Report of the Indian Hemp Drugs Commission, 1894-1895 - Volume IV
Year: 1894
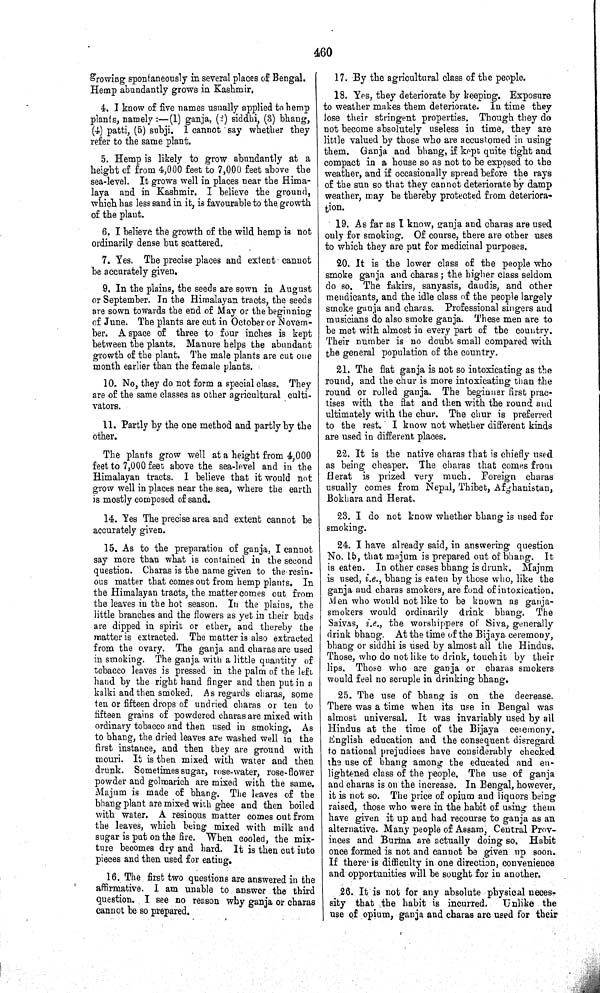
460
growing spontaneously in several places of Bengal.
Hemp abundantly grows in Kashmir.
4. I know of five names usually applied to hemp
plants, namely:—(1) ganja, (2) siddhi, (3) bhang,
(4) patti, (5) subji. I cannot say whether they
refer to the same plant.
5. Hemp is likely to grow abundantly at a
height of from 4,000 feet to 7,000 feet above the
sea-level. It grows well in places near the Hima-
laya and in Kashmir. I believe the ground,
which has less sand in it, is favourable to the growth
of the plant.
6. I believe the growth of the wild hemp is not
ordinarily dense but scattered.
7. Yes. The precise places and extent cannot
be accurately given.
9. In the plains, the seeds are sown in August
or September. In the Himalayan tracts, the seeds
are sown towards the end of May or the beginning
of June. The plants are cut in October or Novem-
ber. A space of three to four inches is kept
between the plants. Manure helps the abundant
growth of the plant. The male plants are cut one
month earlier than the female plants.
10. No, they do not form a special class. They
are of the same classes as other agricultural culti-
vators.
11. Partly by the one method and partly by the
other.
The plants grow well at a height from 4,000
feet to 7,000 feet above the sea-level and in the
Himalayan tracts. I believe that it would not
grow well in places near the sea, where the earth
is mostly composed of sand.
14. Yes The precise area and extent cannot be
accurately given.
15. As to the preparation of ganja, I cannot
say more than what is contained in the second
question. Charas is the name given to the resin-
ous matter that comes out from hemp plants. In
the Himalayan tracts, the matter comes out from
the leaves in the hot season. In the plains, the
little branches and the flowers as yet in their buds
are dipped in spirit or ether, and thereby the
matter is extracted. The matter is also extracted
from the ovary. The ganja and charas are used
in smoking. The ganja with a little quantity of
tobacco leaves is pressed in the palm of the left
hand by the right hand finger and then put in a
kalki and then smoked. As regards charas, some
ten or fifteen drops of undried charas or ten to
fifteen grains of powdered charas are mixed with
ordinary tobacco and then used in smoking. As
to bhang, the dried leaves are washed well in the
first instance, and then they are ground with
mouri. It is then mixed with water and then
drunk. Sometimes sugar, rose-water, rose-flower
powder and golmarich are mixed with the same.
Majum is made of bhang. The leaves of the
bhang plant are mixed with ghee and then boiled
with water. A resinous matter comes out from
the leaves, which being mixed with milk and
sugar is put on the fire. When cooled, the mix-
ture becomes dry and hard. It is then cut into
pieces and then used for eating.
16. The first two questions are answered in the
affirmative. I am unable to answer the third
question. I see no reason why ganja or charas
cannot be so prepared.
17. By the agricultural class of the people.
18. Yes, they deteriorate by keeping. Exposure
to weather makes them deteriorate. In time they
lose their stringent properties. Though they do
not become absolutely useless in time, they are
little valued by those who are accustomed in using
them. Ganja and bhang, if kept quite tight and
compact in a house so as not to be exposed to the
weather, and if occasionally spread before the rays
of the sun so that they cannot deteriorate by damp
weather, may be thereby protected from deteriora-
tion.
19. As far as I know, ganja and charas are used
only for smoking. Of course, there are other uses
to which they are put for medicinal purposes.
20. It is the lower class of the people who
smoke ganja and charas; the higher class seldom
do so. The fakirs, sanyasis, dandis, and other
mendicants, and the idle class of the people largely
smoke ganja and charas. Professional singers and
musicians do also smoke ganja. These men are to
be met with almost in every part of the country.
Their number is no doubt small compared with
the general population of the country.
21. The flat ganja is not so intoxicating as the
round, and the chur is more intoxicating than the
round or rolled ganja. The beginner first prac-
tises with the flat and then with the round and
ultimately with the chur. The chur is preferred
to the rest. I know not whether different kinds
are used in different places.
22. It is the native charas that is chiefly used
as being cheaper. The charas that comes from
Herat is prized very much. Foreign charas
usually comes from Nepal, Thibet, Afghanistan,
Bokhara and Herat.
23. I do not know whether bhang is used for
smoking.
24. I have already said, in answering question
No. 15, that majum is prepared out of bhang. It
is eaten. In other cases bhang is drunk. Majum
is used, i.e., bhang is eaten by those who, like the
ganja and charas smokers, are fond of intoxication.
Men who would not like to be known as ganja-
smokers would ordinarily drink bhang. The
Saivas, i.e., the worshippers of Siva, generally
drink bhang. At the time of the Bijaya ceremony,
bhang or siddhi is used by almost all the Hindus,
Those, who do not like to drink, touch it by their
lips. Those who are ganja or charas smokers
would feel no scruple in drinking bhang.
25. The use of bhang is on the decrease.
There was a time when its use in Bengal was
almost universal. It was invariably used by all
Hindus at the time of the Bijaya ceremony.
English education and the consequent disregard
to national prejudices have considerably checked
the use of bhang among the educated and en-
lightened class of the people. The use of ganja
and charas is on the increase. In Bengal, however,
it is not so. The price of opium and liquors being
raised, those who were in the habit of using them
have given it up and had recourse to ganja as an
alternative. Many people of Assam, Central Prov-
inces and Burma are actually doing so. Habit
once formed is not and cannot be given up soon.
If there is difficulty in one direction, convenience
and opportunities will be sought for in another.
26. It is not for any absolute physical neces-
sity that the habit is incurred.
Unlike the
use of opium, ganja and charas are used for their